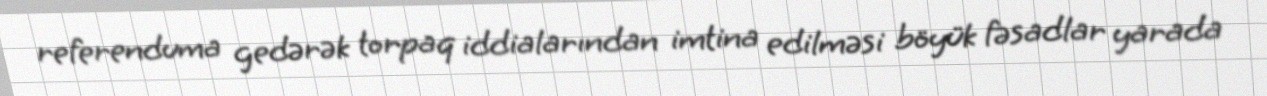
referenduma gedərək torpaq iddialarından imtina edilməsi böyük fəsadlar yarada